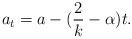
LaTeX: \begin{align*}a_t = a - (\frac 2 k - \alpha) t.\end{align*}